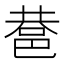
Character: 䢽